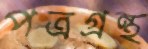
পত্রগ্রন্থ